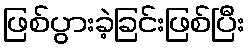
ဖြစ်ပွားခဲ့ခြင်းဖြစ်ပြီး